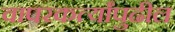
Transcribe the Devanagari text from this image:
वापरकर्त्यांपुढील